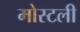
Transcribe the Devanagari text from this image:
मोस्टली